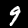
Digit: 9